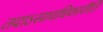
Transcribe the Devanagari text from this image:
तदाऽसावधिकारीति